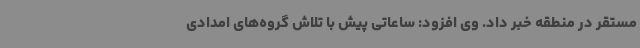
مستقر در منطقه خبر داد. وی افزود: ساعاتی پیش با تلاش گروه‌های امدادی